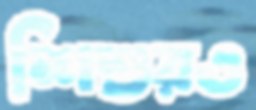
শিশুরও